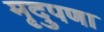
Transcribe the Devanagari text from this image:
मृदुपणा